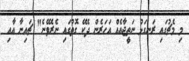
މި މެޗުގައި ރަނގަޅު ނަތީޖާއެއް އަހަރެން ދެކޭ ގޮތުގައި ނެރެވޭނެ" ޗައިނާ އާއި